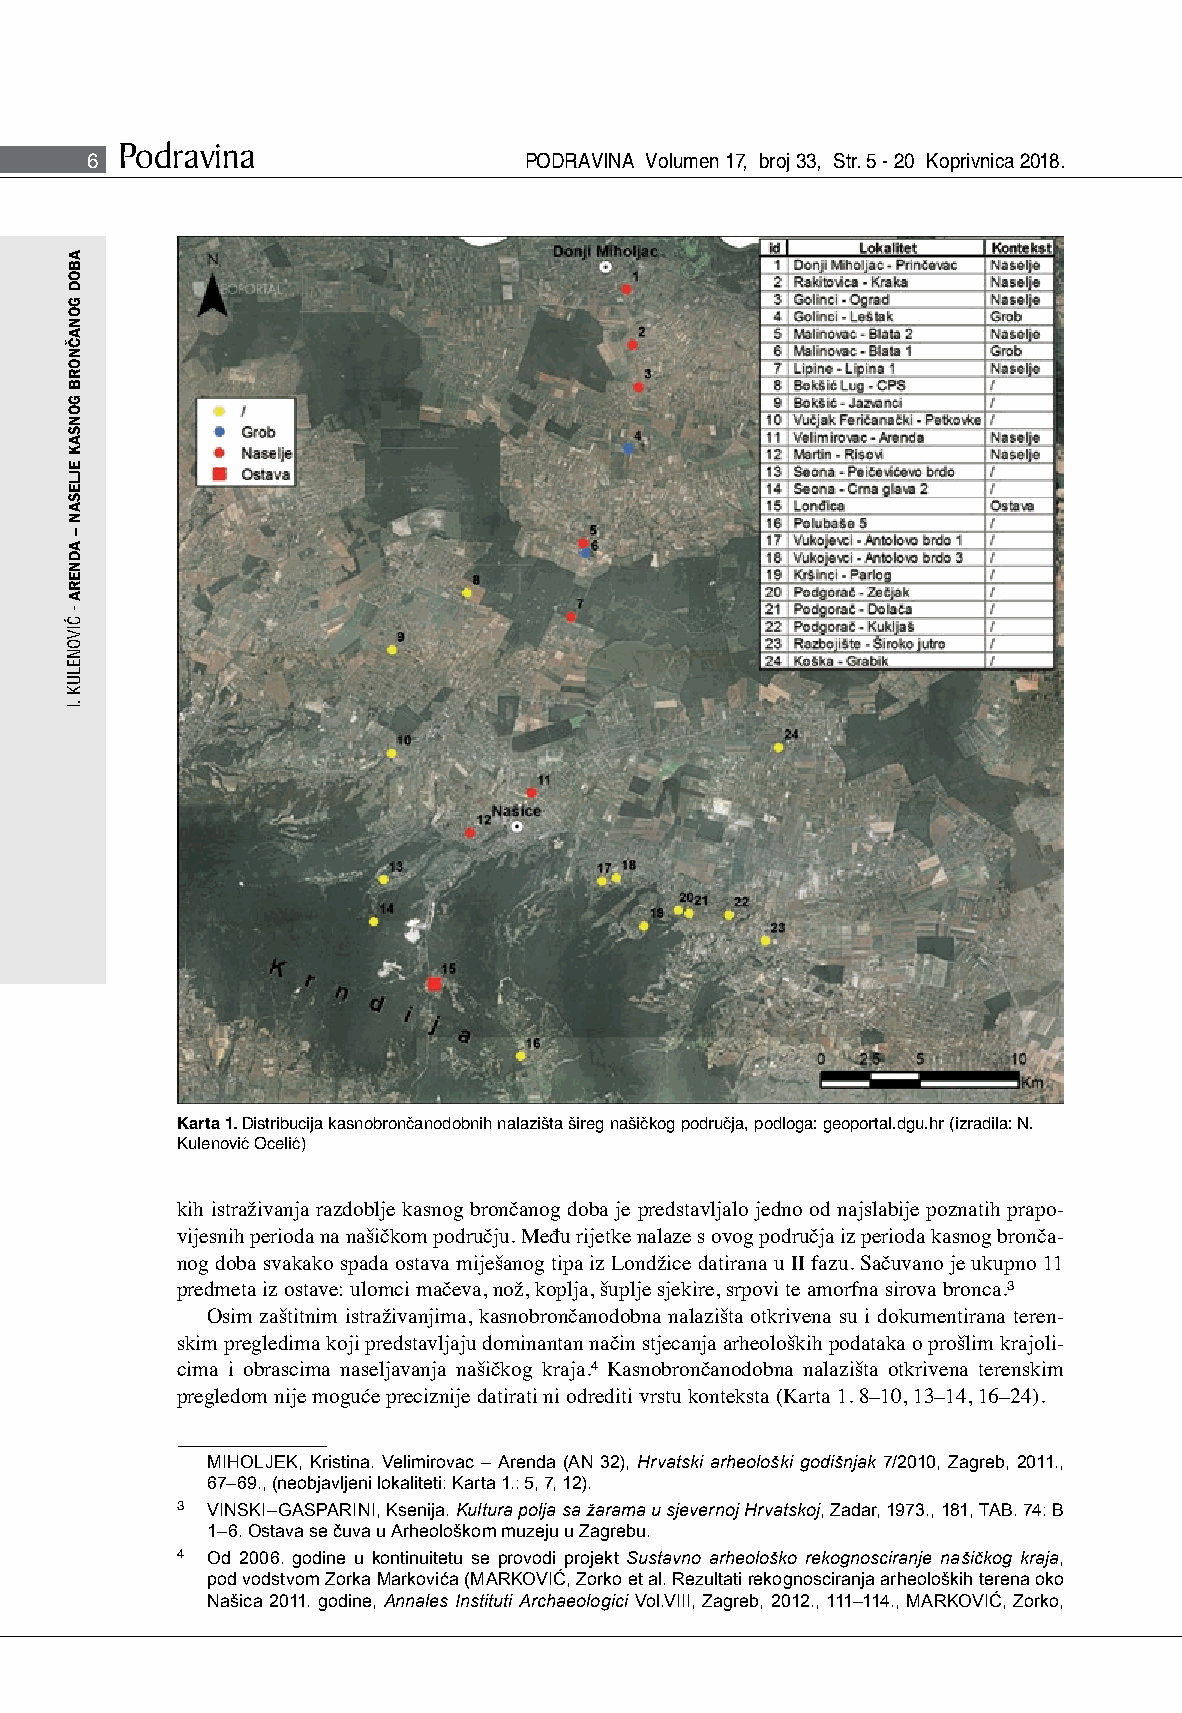
Podravina
 6                            PODRAVINA Volumen 17, broj 33, Str. 5 - 20 Koprivnica 2018.
 Karta 1. Distribucija kasnobrončanodobnih nalazišta šireg našičkog područja, podloga: geoportal.dgu.hr (izradila: N.
 Kulenović Ocelić)
 kih istraživanja razdoblje kasnog brončanog doba je predstavljalo jedno od najslabije poznatih prapo-
 vijesnih perioda na našičkom području. Među rijetke nalaze s ovog područja iz perioda kasnog bronča-
 nog doba svakako spada ostava miješanog tipa iz Londžice datirana u II fazu. Sačuvano je ukupno 11
 predmeta iz ostave: ulomci mačeva, nož, koplja, šuplje sjekire, srpovi te amorfna sirova bronca.3
 Osim zaštitnim istraživanjima, kasnobrončanodobna nalazišta otkrivena su i dokumentirana teren-
 skim pregledima koji predstavljaju dominantan način stjecanja arheoloških podataka o prošlim krajoli-
 cima i obrascima naseljavanja našičkog kraja.4 Kasnobrončanodobna nalazišta otkrivena terenskim
 pregledom nije moguće preciznije datirati ni odrediti vrstu konteksta (Karta 1. 8–10, 13–14, 16–24).
 MIHOLJEK, Kristina. Velimirovac – Arenda (AN 32), Hrvatski arheološki godišnjak 7/2010, Zagreb, 2011.,
 67–69., (neobjavljeni lokaliteti: Karta 1.: 5, 7, 12).
 3 VINSKI–GASPARINI, Ksenija. Kultura polja sa žarama u sjevernoj Hrvatskoj, Zadar, 1973., 181, TAB. 74: B
 1–6. Ostava se čuva u Arheološkom muzeju u Zagrebu.
 4 Od 2006. godine u kontinuitetu se provodi projekt Sustavno arheološko rekognosciranje našičkog kraja,
 pod vodstvom Zorka Markovića (MARKOVIĆ, Zorko et al. Rezultati rekognosciranja arheoloških terena oko
 Našica 2011. godine, Annales Instituti Archaeologici Vol.VIII, Zagreb, 2012., 111–114., MARKOVIĆ, Zorko,
 ABOD
 GONAČNORB
 GONSAK
 EJLESAN
 –
 ADNERA
 -
 ĆIVONELUK
 .I